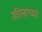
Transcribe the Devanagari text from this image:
शीलांच्या